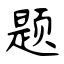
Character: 题